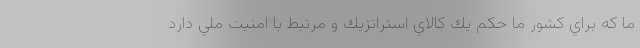
ما كه براي كشور ما حكم يك كالاي استراتژيك و مرتبط با امنيت ملي دارد